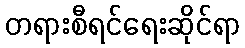
တရားစီရင်ရေးဆိုင်ရာ